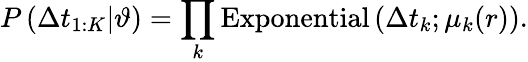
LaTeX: P\left(\Delta t_{1:K}|\vartheta\right)=\prod_{k}\mathrm{Exponential}\left(\Delta t_{k};\mu_{k}(r)\right).